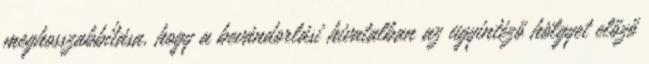
meghosszabbítása, hogy a bevándorlási hivatalban az ügyintéző hölgyet előző